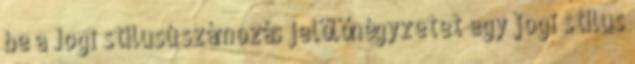
be a Jogi stílusú számozás jelölőnégyzetet egy jogi stílus